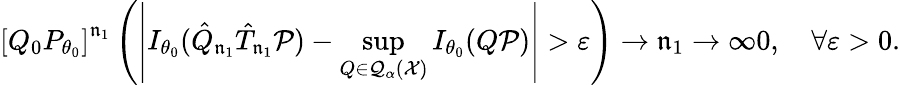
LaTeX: \left[Q_{0}P_{\theta_{0}}\right]^{\mathfrak{n}_{1}}\left(\left|I_{\theta_{0}}(\hat{{Q}}_{\mathfrak{n}_{1}}\hat{{T}}_{\mathfrak{n}_{1}}{\mathcal{P}})-\operatorname*{sup}_{Q\in\mathcal{Q}_{\alpha}(\mathcal{X})}I_{\theta_{0}}(Q{\mathcal{P}})\right|>\varepsilon\right)\xrightarrow{{}}{{\mathfrak{n}_{1}\to\infty}}0,\quad\forall\varepsilon>0.